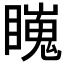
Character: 𥋳